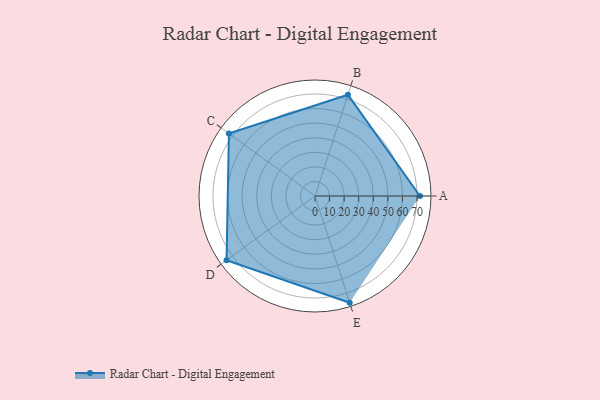
{"axis": {"x": "Skill", "y": "Score"}, "legend": ["Profile"], "data": [{"x": "A", "y": 72.0, "type": "Profile"}, {"x": "B", "y": 73.0, "type": "Profile"}, {"x": "C", "y": 73.0, "type": "Profile"}, {"x": "D", "y": 75.0, "type": "Profile"}, {"x": "E", "y": 77.0, "type": "Profile"}]}